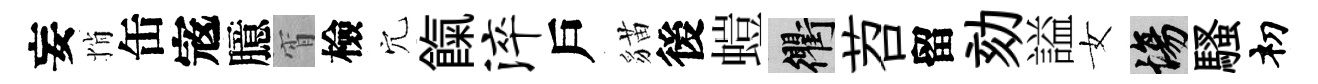
妄悄缶𡨥臆宵檢穴餼淬戶貓後螘衢苕留劾謚女場騷𥘉